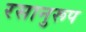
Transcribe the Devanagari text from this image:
रसानुरूप